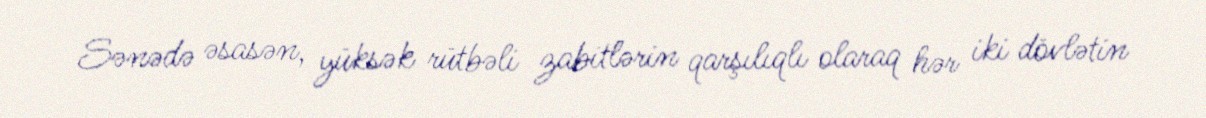
Sənədə əsasən, yüksək rütbəli zabitlərin qarşılıqlı olaraq hər iki dövlətin